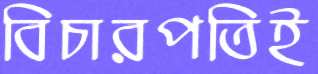
বিচারপতিই